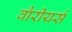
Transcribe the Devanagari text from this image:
वौरीयर्स